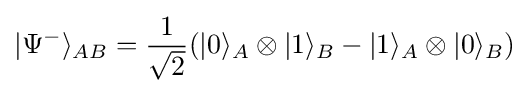
|\Psi ^{-}\rangle _{AB}={\frac {1}{\sqrt {2}}}(|0\rangle _{A}\otimes |1\rangle _{B}-|1\rangle _{A}\otimes |0\rangle _{B})